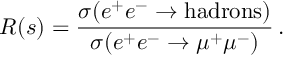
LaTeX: R ( s ) = { \frac { \sigma ( e ^ { + } e ^ { - } \to \mathrm { h a d r o n s } ) } { \sigma ( e ^ { + } e ^ { - } \to \mu ^ { + } \mu ^ { - } ) } } \, .